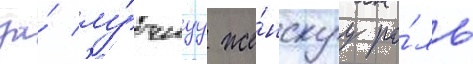
за́ лу́чшуу же́нскуу ро́ль